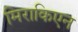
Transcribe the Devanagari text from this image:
मिराकिएन